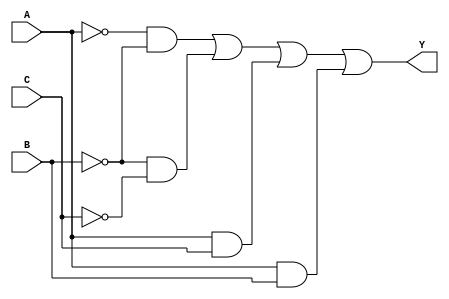
//Ejercicio 1
//Tabla_01
module Tabla_01(input wire A,B,C, output wire Y);
  assign Y = (~A & ~B) | (~B & ~C) | (A & C) | (A & B);
endmodule

//Tabla_02
module Tabla_02(input wire B, output wire Y);
  assign Y = ~B;
endmodule

//Tabla_03
module Tabla_03(input wire A,B,C,D, output wire Y);
  assign Y = (~A & ~B & ~C & ~D) | (~A & ~B & C & D) | (A & ~B & C & ~D) | (A & ~B & ~C & D) | (A & B & ~C & ~D) | (A & B & C & D) | (~A & B & C & ~D) | (~A & B & ~C & D);
endmodule

//Tabla_04
module Tabla_04(input wire A,B,C,D, output wire Y);
  assign Y = (A & B) | (A & C) | (A & ~D);
endmodule

//Ejercicio 2:
//Inciso_1
module Inciso_1(input wire A,B,C,D, output wire Y);
  wire notB, notD, notC, p0, p1, p2, p3;
  not  (notB, B);
  not  (notC, C);
  not  (notD, D);
  and  (p0, A, notB);
  and  (p1, A, notD);
  and  (p2, A, notC);
  and  (p3, notB, notC, notD);
  or   (Y, p0, p1, p2, p3);
endmodule

//Inciso_2
module Inciso_2(input wire B,C, output wire Y);
  wire notB;
  not (notB, B);
  or  (Y, notB, C);
endmodule

//Inciso_3
module Inciso_3(input wire A,B,C,D, output wire Y);
  wire notC, p0, p1;
  not (notC, C);
  and (p0, notC, D);
  and (p1, A, D);
  or  (Y, p0, p1, B);
endmodule

//Inciso_4
module Inciso_4(input wire A,B,C, output wire Y);
  wire notA, notC, p0;
  not (notA, A);
  not (notC, C);
  and (p0, notA, notC);
  or  (Y, p0, B);
endmodule